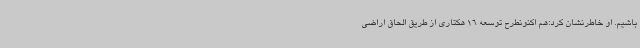
باشیم. او خاطرنشان کرد:هم اکنونطرح توسعه 16 هکتاری از طریق الحاق اراضی